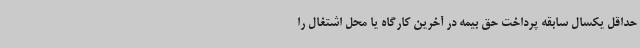
حداقل یکسال سابقه پرداخت حق بیمه در آخرین کارگاه یا محل اشتغال را